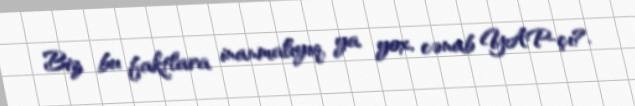
Biz bu faktlara inanmalıyıq, ya yox, cənab YAP-çı?.